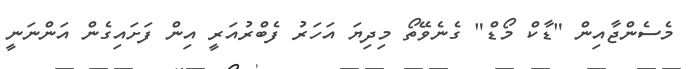
މެސެންޖާއިން "ޑާކް މޯޑް" ގެނެވޭތޯ މިދިޔަ އަހަރު ފެބްރުއަރީ އިން ފަށައިގެން އަންނަނީ